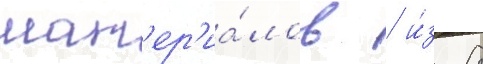
мат'ер'иа́лов / и́з 8